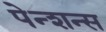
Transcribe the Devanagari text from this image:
पेन्शन्स